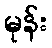
မုန်း